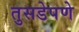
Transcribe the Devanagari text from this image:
तुसडेपणे